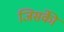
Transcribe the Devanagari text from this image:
जिसकीे